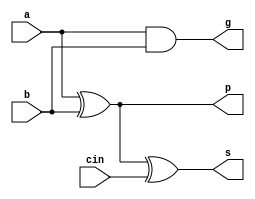
module special_fa //outputs sum, p = xor of a & b, g = a and b, no carryout
(input a,b,cin, output s,p,g);

xor g1(p,a,b),
	g2(s,p,cin);
	
and g3(g,a,b);

endmodule

module carry_gen // generates simultaneously with sum calculation process
(input p,g,cin , output carry);

wire pcin;

and g1(pcin,p,cin);

or(carry,pcin,g);

endmodule

module clad //carrylookahead adder
(input a0,a1,a2,a3,b0,b1,b2,b3,cin,output s0,s1,s2,s3,cout);

wire p0,p1,p2,p3,g0,g1,g2,g3,c0,c1,c2;

special_fa fa1(a0,b0,cin,s0,p0,g0);
carry_gen cg1(p0,g0,cin,c0);

special_fa fa2(a1,b1,c0,s1,p1,g1);
carry_gen cg2(p1,g1,c0,c1);

special_fa fa3(a2,b2,c1,s2,p2,g2);
carry_gen cg3(p2,g2,c1,c2);

special_fa fa4(a3,b3,c2,s3,p3,g3);
carry_gen cg4(p3,g3,c2,cout);

endmodule

module clad_tb;

reg a0,a1,a2,a3,b0,b1,b2,b3,cin;
wire s0,s1,s2,s3,cout;
integer fd;

clad clad1(a0,a1,a2,a3,b0,b1,b2,b3,cin,s0,s1,s2,s3,cout);
reg [4:0] cnt1,cnt2;

initial
fd = $fopen("clad_out.txt");

initial
begin
	for(cnt1 = 0; cnt1<16 ;cnt1 = cnt1 + 1)
	begin
		for(cnt2 = 0;cnt2<16;cnt2 = cnt2 + 1)
		begin
			{a3,a2,a1,a0} = cnt1;
			{b3,b2,b1,b0} = cnt2;
			cin = 0;
			#10;
		end
	end
end

initial
$fmonitor(fd,$time," a3=%b a2=%b a1=%b a0=%b b3=%b b2=%b b1=%b b0=%b s3=%b s2=%b s1=%b s0=%b cout=%b",a3,a2,a1,a0,b3,b2,b1,b0,s3,s2,s1,s0,cout);

endmodule